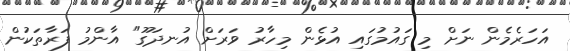
އަހަރެމެން ނަށް މި ގައުމުގައި އުޅެން މިހާރު ވަރަށް އުނދަގޫ" އާންމު ފަރާތަކުން